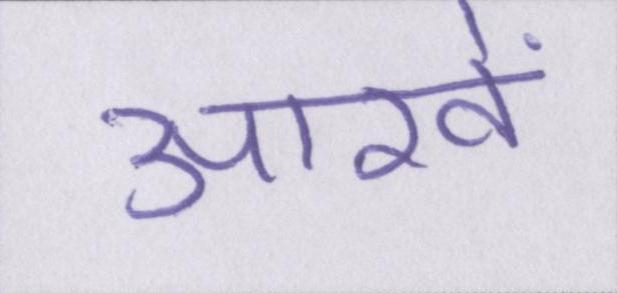
आखें